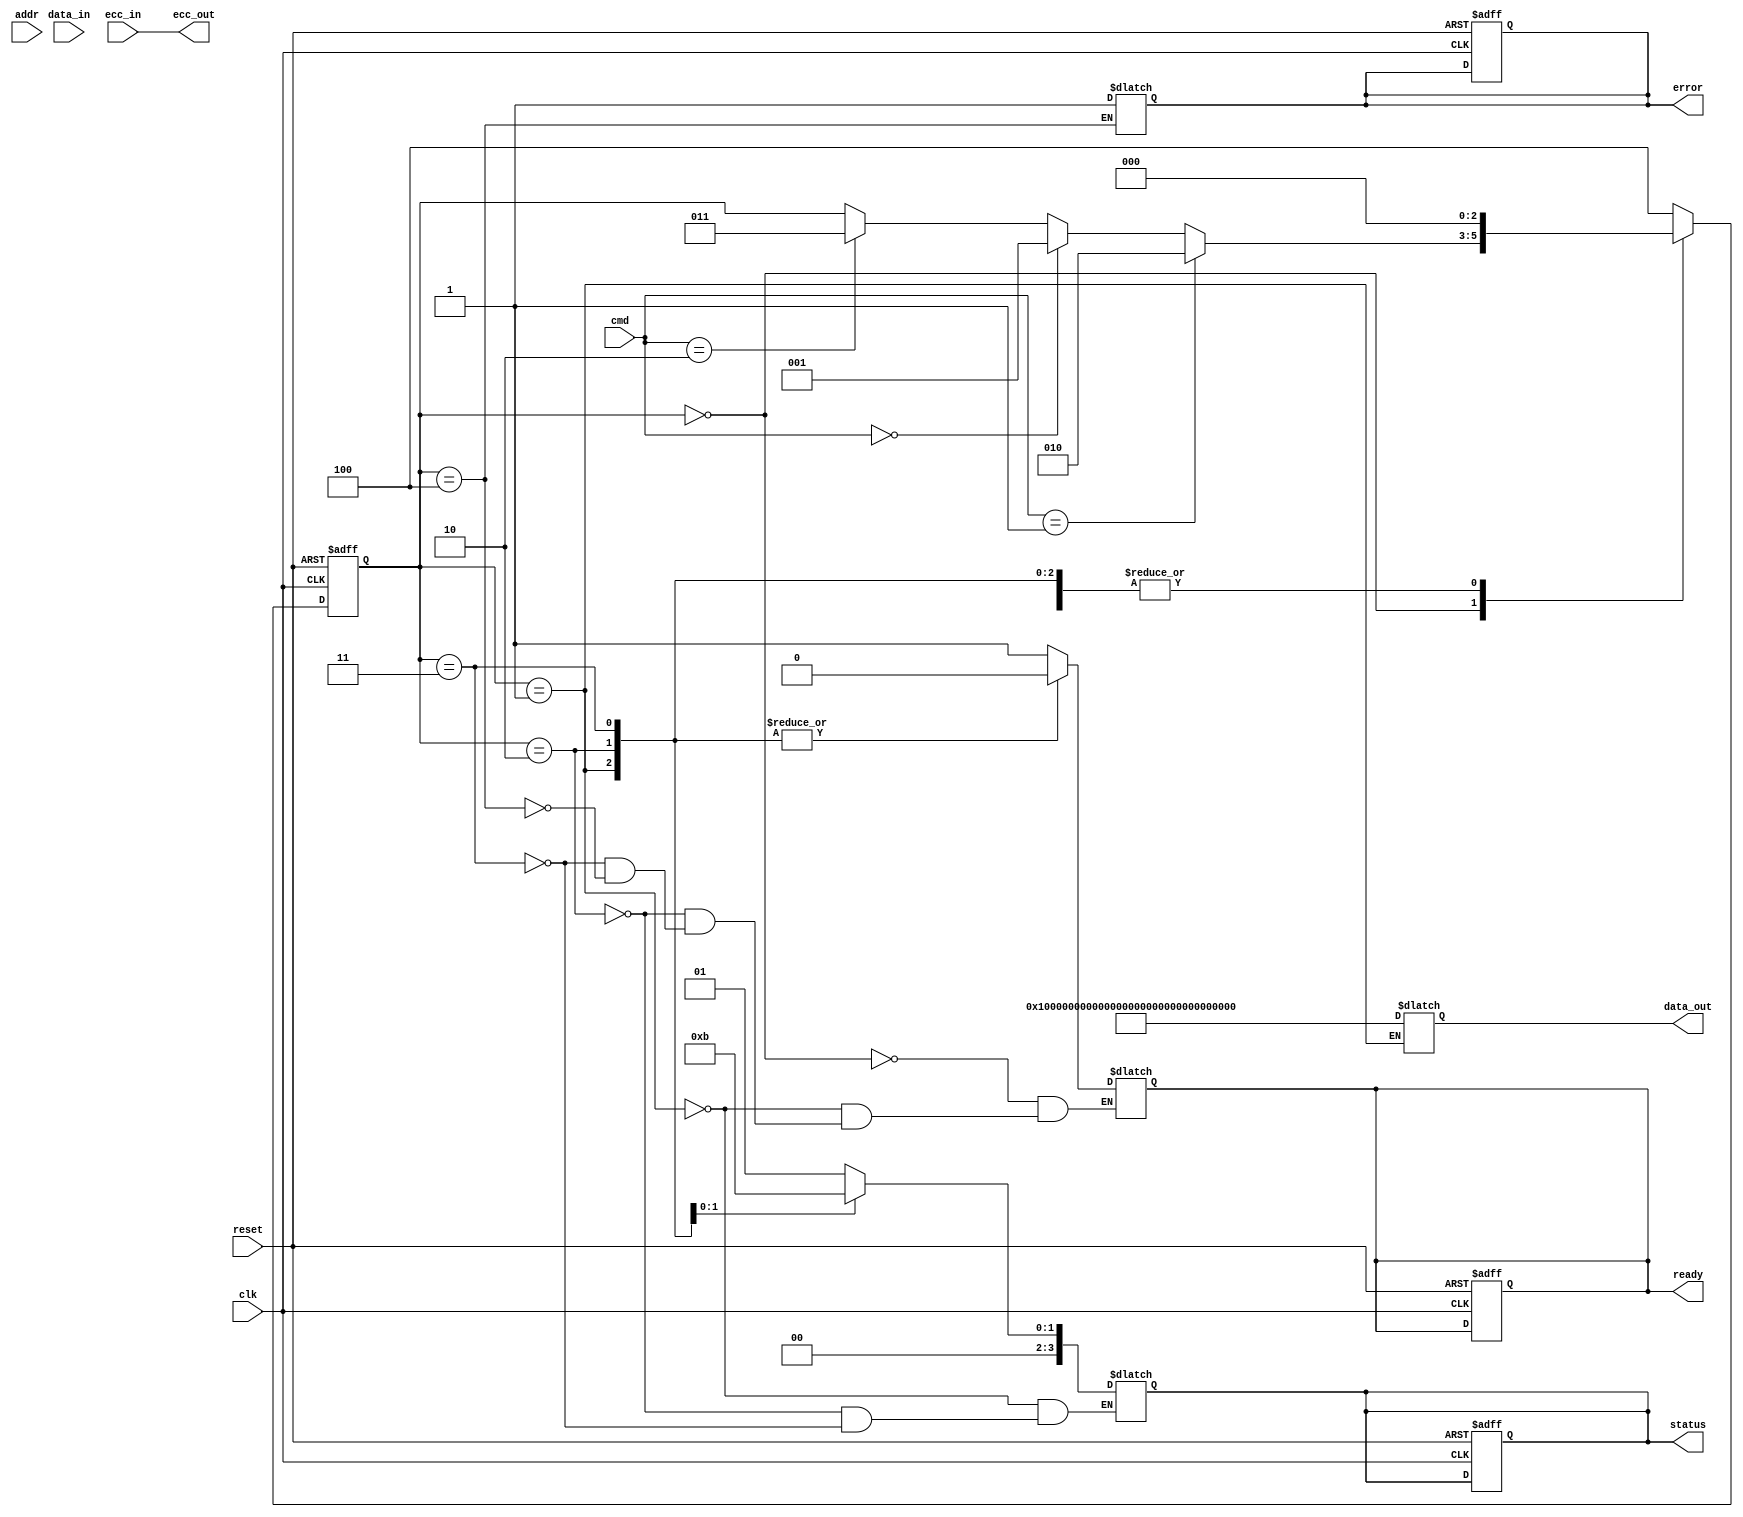
module QLC_NAND_IO_Block (
    input wire clk,
    input wire reset,
    
    // Command Interface
    input wire [3:0] cmd, // 4-bit command (0: READ, 1: PROGRAM, 2: ERASE)
    input wire [31:0] addr, // Address input
    input wire [127:0] data_in, // Data input for PROGRAM command
    output reg [127:0] data_out, // Data output for READ command
    output reg ready, // Indicates operation completion
    output reg error, // Error status
    
    // ECC Interface
    input wire [127:0] ecc_in,
    output reg [127:0] ecc_out,
    
    // Status Register
    output reg [3:0] status // Status register output
);

// State definitions
localparam IDLE = 3'd0, READ = 3'd1, PROGRAM = 3'd2, ERASE = 3'd3, ERROR = 3'd4;
reg [2:0] current_state, next_state;

// Address Decoder
wire [31:0] physical_address = addr; // Simplified for this example

// ECC Logic (Simplified)
always @(*) begin
    // Placeholder for ECC computation
    ecc_out = ecc_in; // For simplicity, just pass input
end

// Command Handling
always @(posedge clk or posedge reset) begin
    if (reset) begin
        current_state <= IDLE;
        ready <= 1'b1;
        error <= 1'b0;
        status <= 4'b0000;
    end else begin
        current_state <= next_state;
    end
end

// State Machine for Command Execution
always @(*) begin
    next_state = current_state; // Default to hold state
    case (current_state)
        IDLE: begin
            ready = 1'b1;
            if (cmd == 4'b0001) // PROGRAM command
                next_state = PROGRAM;
            else if (cmd == 4'b0000) // READ command
                next_state = READ;
            else if (cmd == 4'b0010) // ERASE command
                next_state = ERASE;
        end
        
        READ: begin
            // Simulate data read operation (for simplicity)
            data_out = {128{1'b1}}; // Dummy data
            ready = 1'b0;
            next_state = IDLE;
            status = 4'b0001; // Operation complete
        end
        
        PROGRAM: begin
            // Simulate data programming
            ready = 1'b0;
            next_state = IDLE;
            status = 4'b0010; // Operation complete
        end
        
        ERASE: begin
            // Simulate erase operation
            ready = 1'b0;
            next_state = IDLE;
            status = 4'b0011; // Operation complete
        end
        
        ERROR: begin
            ready = 1'b1;
            error = 1'b1; // Indicate an error
            next_state = IDLE;
        end
        
        default: begin
            next_state = ERROR; // Handle unexpected states
        end
    endcase
end

endmodule